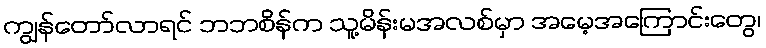
ကျွန်တော်လာရင် ဘဘစိန်က သူ့မိန်းမအလစ်မှာ အမေ့အကြောင်းတွေ၊